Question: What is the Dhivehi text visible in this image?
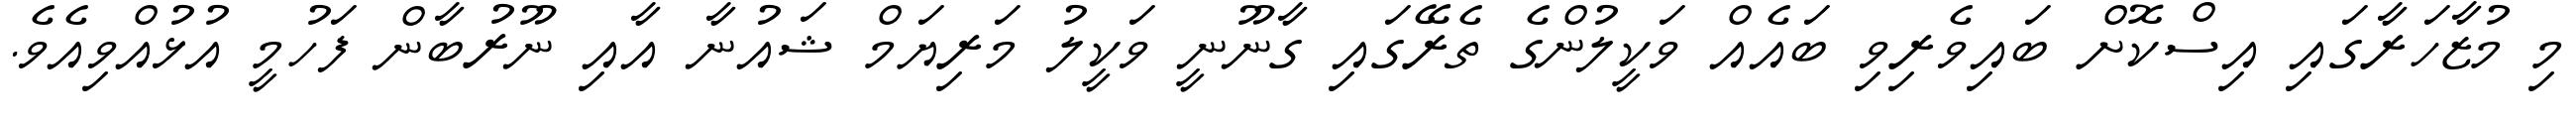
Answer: މި މުޒާހަރާގައި އިސްކޮށް ބައިވެރިވި ބައެއް ވަކީލުންގެ ތެރޭގައި ގާނޫނީ ވަކީލު މަރިޔަމް ޝައުނާ އާއި ނޫރުބާން ފަހުމީ އުޅުއްވިއެވެ.